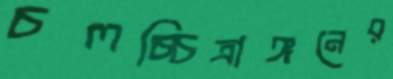
চলচ্চিত্রাঙ্গনের